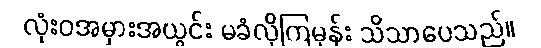
လုံးဝအမှားအယွင်း မခံလိုကြမှန်း သိသာပေသည်။